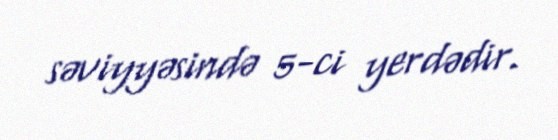
səviyyəsində 5-ci yerdədir.